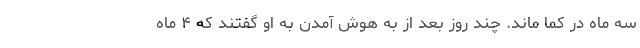
سه ماه در کما ماند. چند روز بعد از به هوش آمدن به او گفتند که ۴ ماه